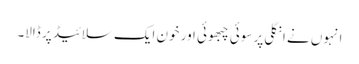
انہوں نے انگلی پر سوئی چبھوئی اور خون ایک سلائیڈ پر ڈالا۔